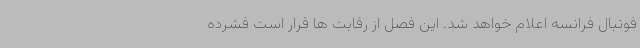
فوتبال فرانسه اعلام خواهد شد. این فصل از رقابت ها قرار است فشرده